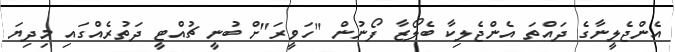
އެންޖެލީނާގެ ދައްތަ އެންޖެލިކާ ބެލޯޒާ ފޯނުން "ހަވީރަ"ށް ބުނީ ޗުއްޓީ ދަތުރެއްގައި މިދިޔަ